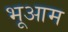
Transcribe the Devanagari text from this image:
भूआम